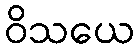
ဝိသယေ